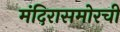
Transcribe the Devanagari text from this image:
मंदिरासमोरची